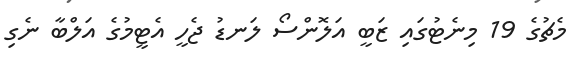
މެޗުގެ 19 މިނެޓުގައި ޒަބީ އަލޮންސޯ ލަނޑު ޖެހީ އެޓީމުގެ އަލްބާ ނެގި